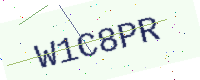
Text: W1C8PR